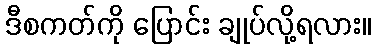
ဒီစကတ်ကို ပြောင်း ချုပ်လို့ရလား။